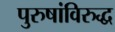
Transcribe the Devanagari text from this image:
पुरुषांविरुद्ध